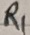
Text: R1